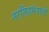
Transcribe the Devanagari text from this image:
नरसिंहमंत्राची